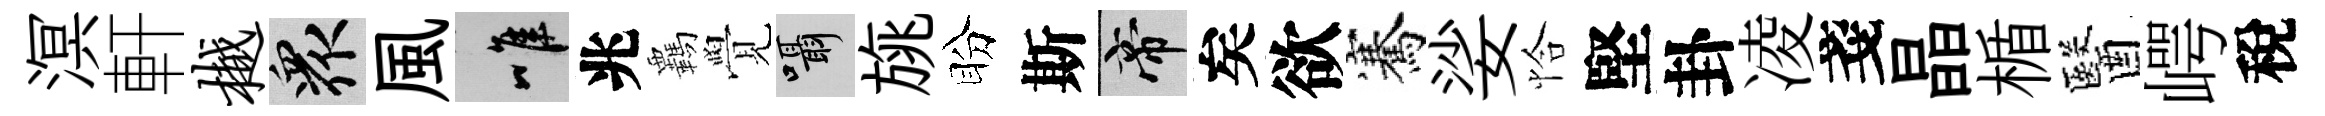
溟軒樾衆風唯兆覊覺囁旐盼斯帝矣欲騫娑恰堅卦凌戔晶楯醫崿稅